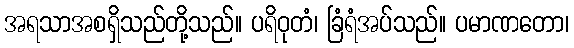
အရသာအစရှိသည်တို့သည်။ ပရိဝုတံ၊ ခြံရံအပ်သည်။ ပမာဏတော၊